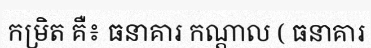
កម្រិត គឺ៖ ធនាគារ កណ្តាល ( ធនាគារ